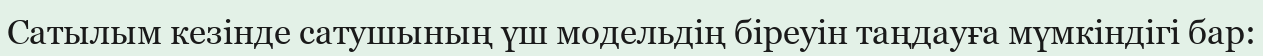
Сатылым кезінде сатушының үш модельдің біреуін таңдауға мүмкіндігі бар: